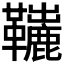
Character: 𩍽